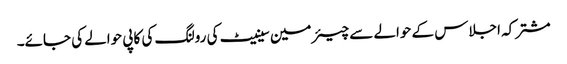
مشترکہ اجلاس کے حوالے سے چیئرمین سینیٹ کی رولنگ کی کاپی حوالے کی جائے۔